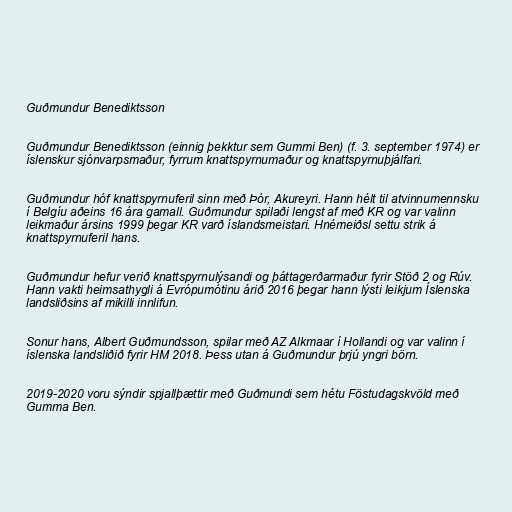
Guðmundur Benediktsson

Guðmundur Benediktsson (einnig þekktur sem Gummi Ben) (f. 3. september 1974) er
íslenskur sjónvarpsmaður, fyrrum knattspyrnumaður og knattspyrnuþjálfari.

Guðmundur hóf knattspyrnuferil sinn með Þór, Akureyri. Hann hélt til atvinnumennsku
í Belgíu aðeins 16 ára gamall. Guðmundur spilaði lengst af með KR og var valinn
leikmaður ársins 1999 þegar KR varð íslandsmeistari. Hnémeiðsl settu strik á
knattspyrnuferil hans.

Guðmundur hefur verið knattspyrnulýsandi og þáttagerðarmaður fyrir Stöð 2 og Rúv.
Hann vakti heimsathygli á Evrópumótinu árið 2016 þegar hann lýsti leikjum Íslenska
landsliðsins af mikilli innlifun.

Sonur hans, Albert Guðmundsson, spilar með AZ Alkmaar í Hollandi og var valinn í
íslenska landsliðið fyrir HM 2018. Þess utan á Guðmundur þrjú yngri börn.

2019-2020 voru sýndir spjallþættir með Guðmundi sem hétu Föstudagskvöld með
Gumma Ben.